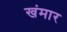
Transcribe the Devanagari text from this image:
खंमार